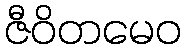
ဇီဝိတမေဝ